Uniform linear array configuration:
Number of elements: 32
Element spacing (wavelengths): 0.25
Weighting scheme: hamming
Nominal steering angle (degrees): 30
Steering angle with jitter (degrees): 28.377
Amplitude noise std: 0.05
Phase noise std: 0.05

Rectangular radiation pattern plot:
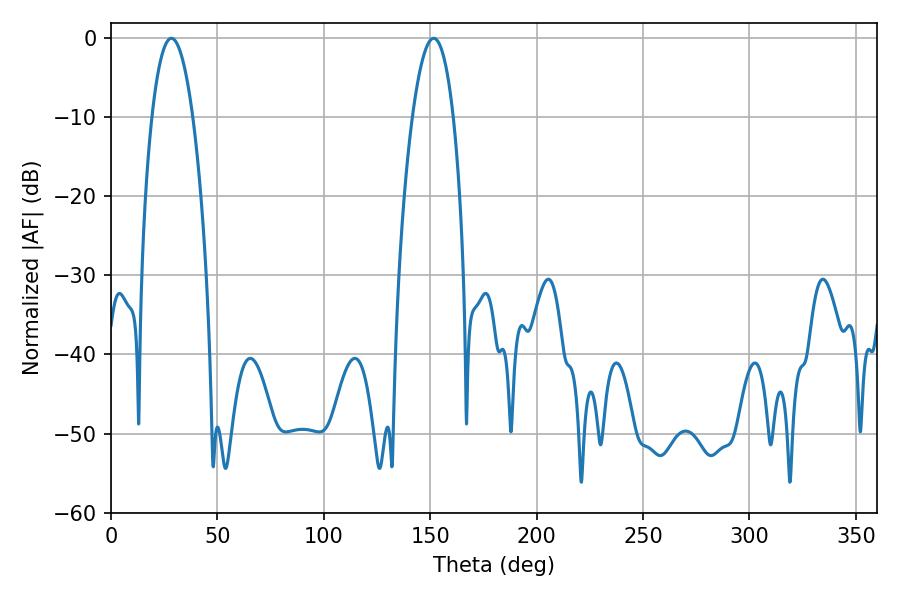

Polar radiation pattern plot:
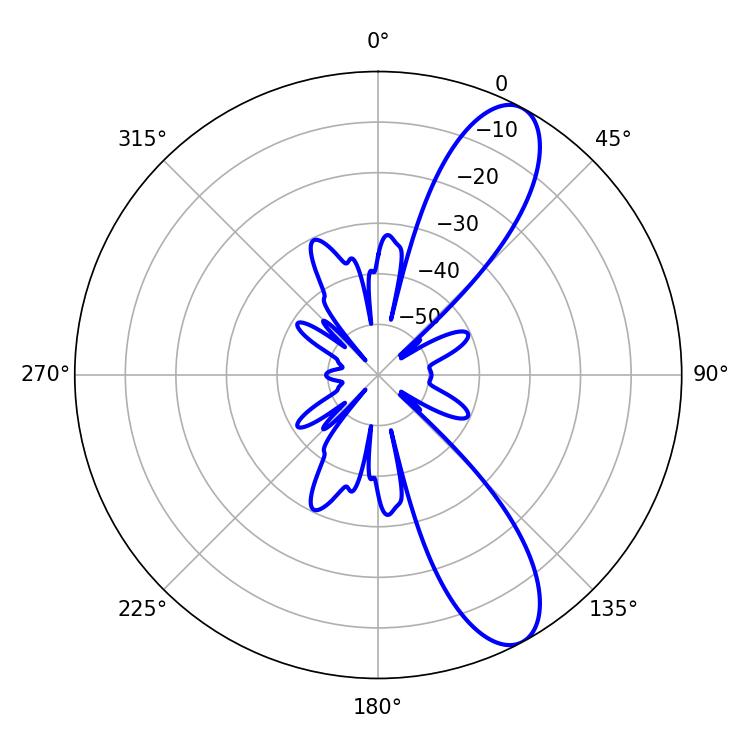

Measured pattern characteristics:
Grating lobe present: FALSE
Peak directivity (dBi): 10.23
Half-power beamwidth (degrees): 10.62
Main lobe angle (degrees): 28.44